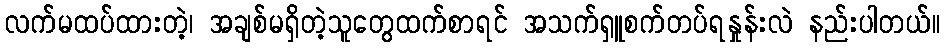
လက်မထပ်ထားတဲ့၊ အချစ်မရှိတဲ့သူတွေထက်စာရင် အသက်ရှူစက်တပ်ရနှုန်းလဲ နည်းပါတယ်။